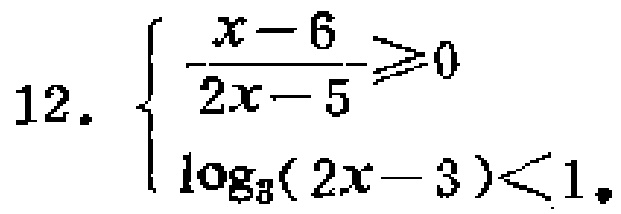
12. $\begin{cases}

\frac{x - 6}{2x - 5} \geq 0 \\

\log_{3}(2x - 3) < 1

\end{cases}$